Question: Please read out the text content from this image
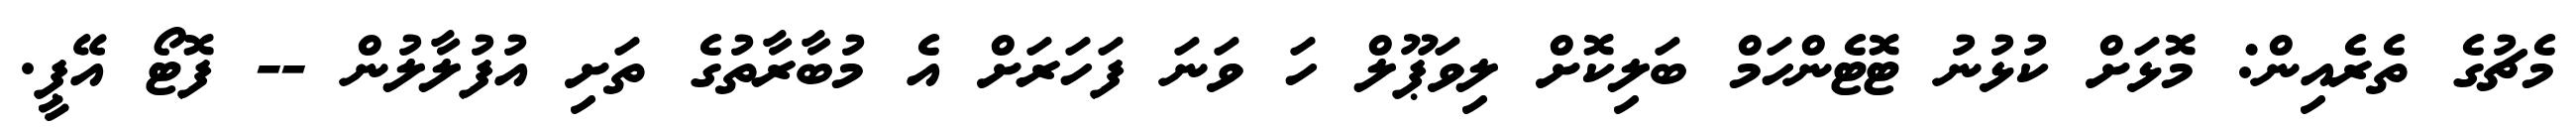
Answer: މެޗުގެ ތެރެއިން: މޮޅަށް ކުޅުނު ޓޮޓެންހަމް ބަލިކޮށް ލިވަޕޫލް ހަ ވަނަ ފަހަރަށް އެ މުބާރާތުގެ ތަށި އުފުލާލުން -- ފޮޓޯ އޭޕީ.